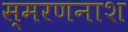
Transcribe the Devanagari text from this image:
स्मरणनाश